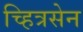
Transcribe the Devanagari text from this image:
च्हित्रसेन